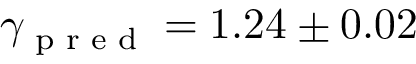
\gamma _ { \textrm { p r e d } } = 1 . 2 4 \pm 0 . 0 2